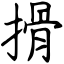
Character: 搰